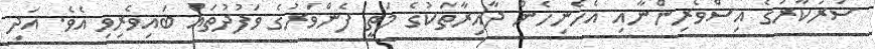
ސަރުކާރުގެ އިސްވެރިންނާއި އެހެނިހެން ދާއިރާތަކުގެ މަތީ ފެންވަރުގެ ވަފުދުތައް ބައިވެރިވި އެވެ. އަދި